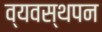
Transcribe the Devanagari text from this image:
व्यवस्थपन